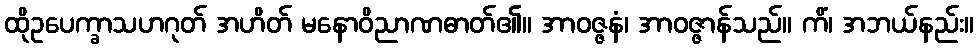
ထိုဥပေက္ခာသဟဂုတ် အဟိတ် မနောဝိညာဏဓာတ်၏။ အာဝဇ္ဇနံ၊ အာဝဇ္ဇာန်သည်။ ကိံ၊ အဘယ်နည်း။